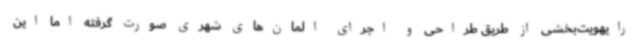
رایهویت‌بخشی از طریق طراحی و اجرای المان‌های شهری صورت گرفته اما این